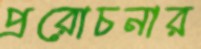
প্ররোচনার